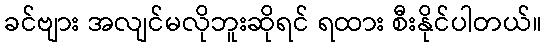
ခင်ဗျား အလျင်မလိုဘူးဆိုရင် ရထား စီးနိုင်ပါတယ်။